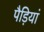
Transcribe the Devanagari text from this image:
पैड़ियां